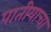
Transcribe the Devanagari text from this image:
पातीयाचा